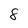
Character: 8